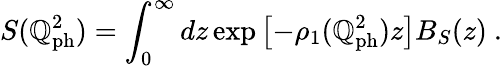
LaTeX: S(\mathbb{Q}_{\mathrm{{ph}}}^{2})=\int_{0}^{\infty}dz\exp\left[-{\rho}_{1}(\mathbb{Q}_{\mathrm{{ph}}}^{2})z\right]B_{S}(z)\ .